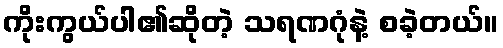
ကိုးကွယ်ပါ၏ဆိုတဲ့ သရဏဂုံနဲ့ စခဲ့တယ်။